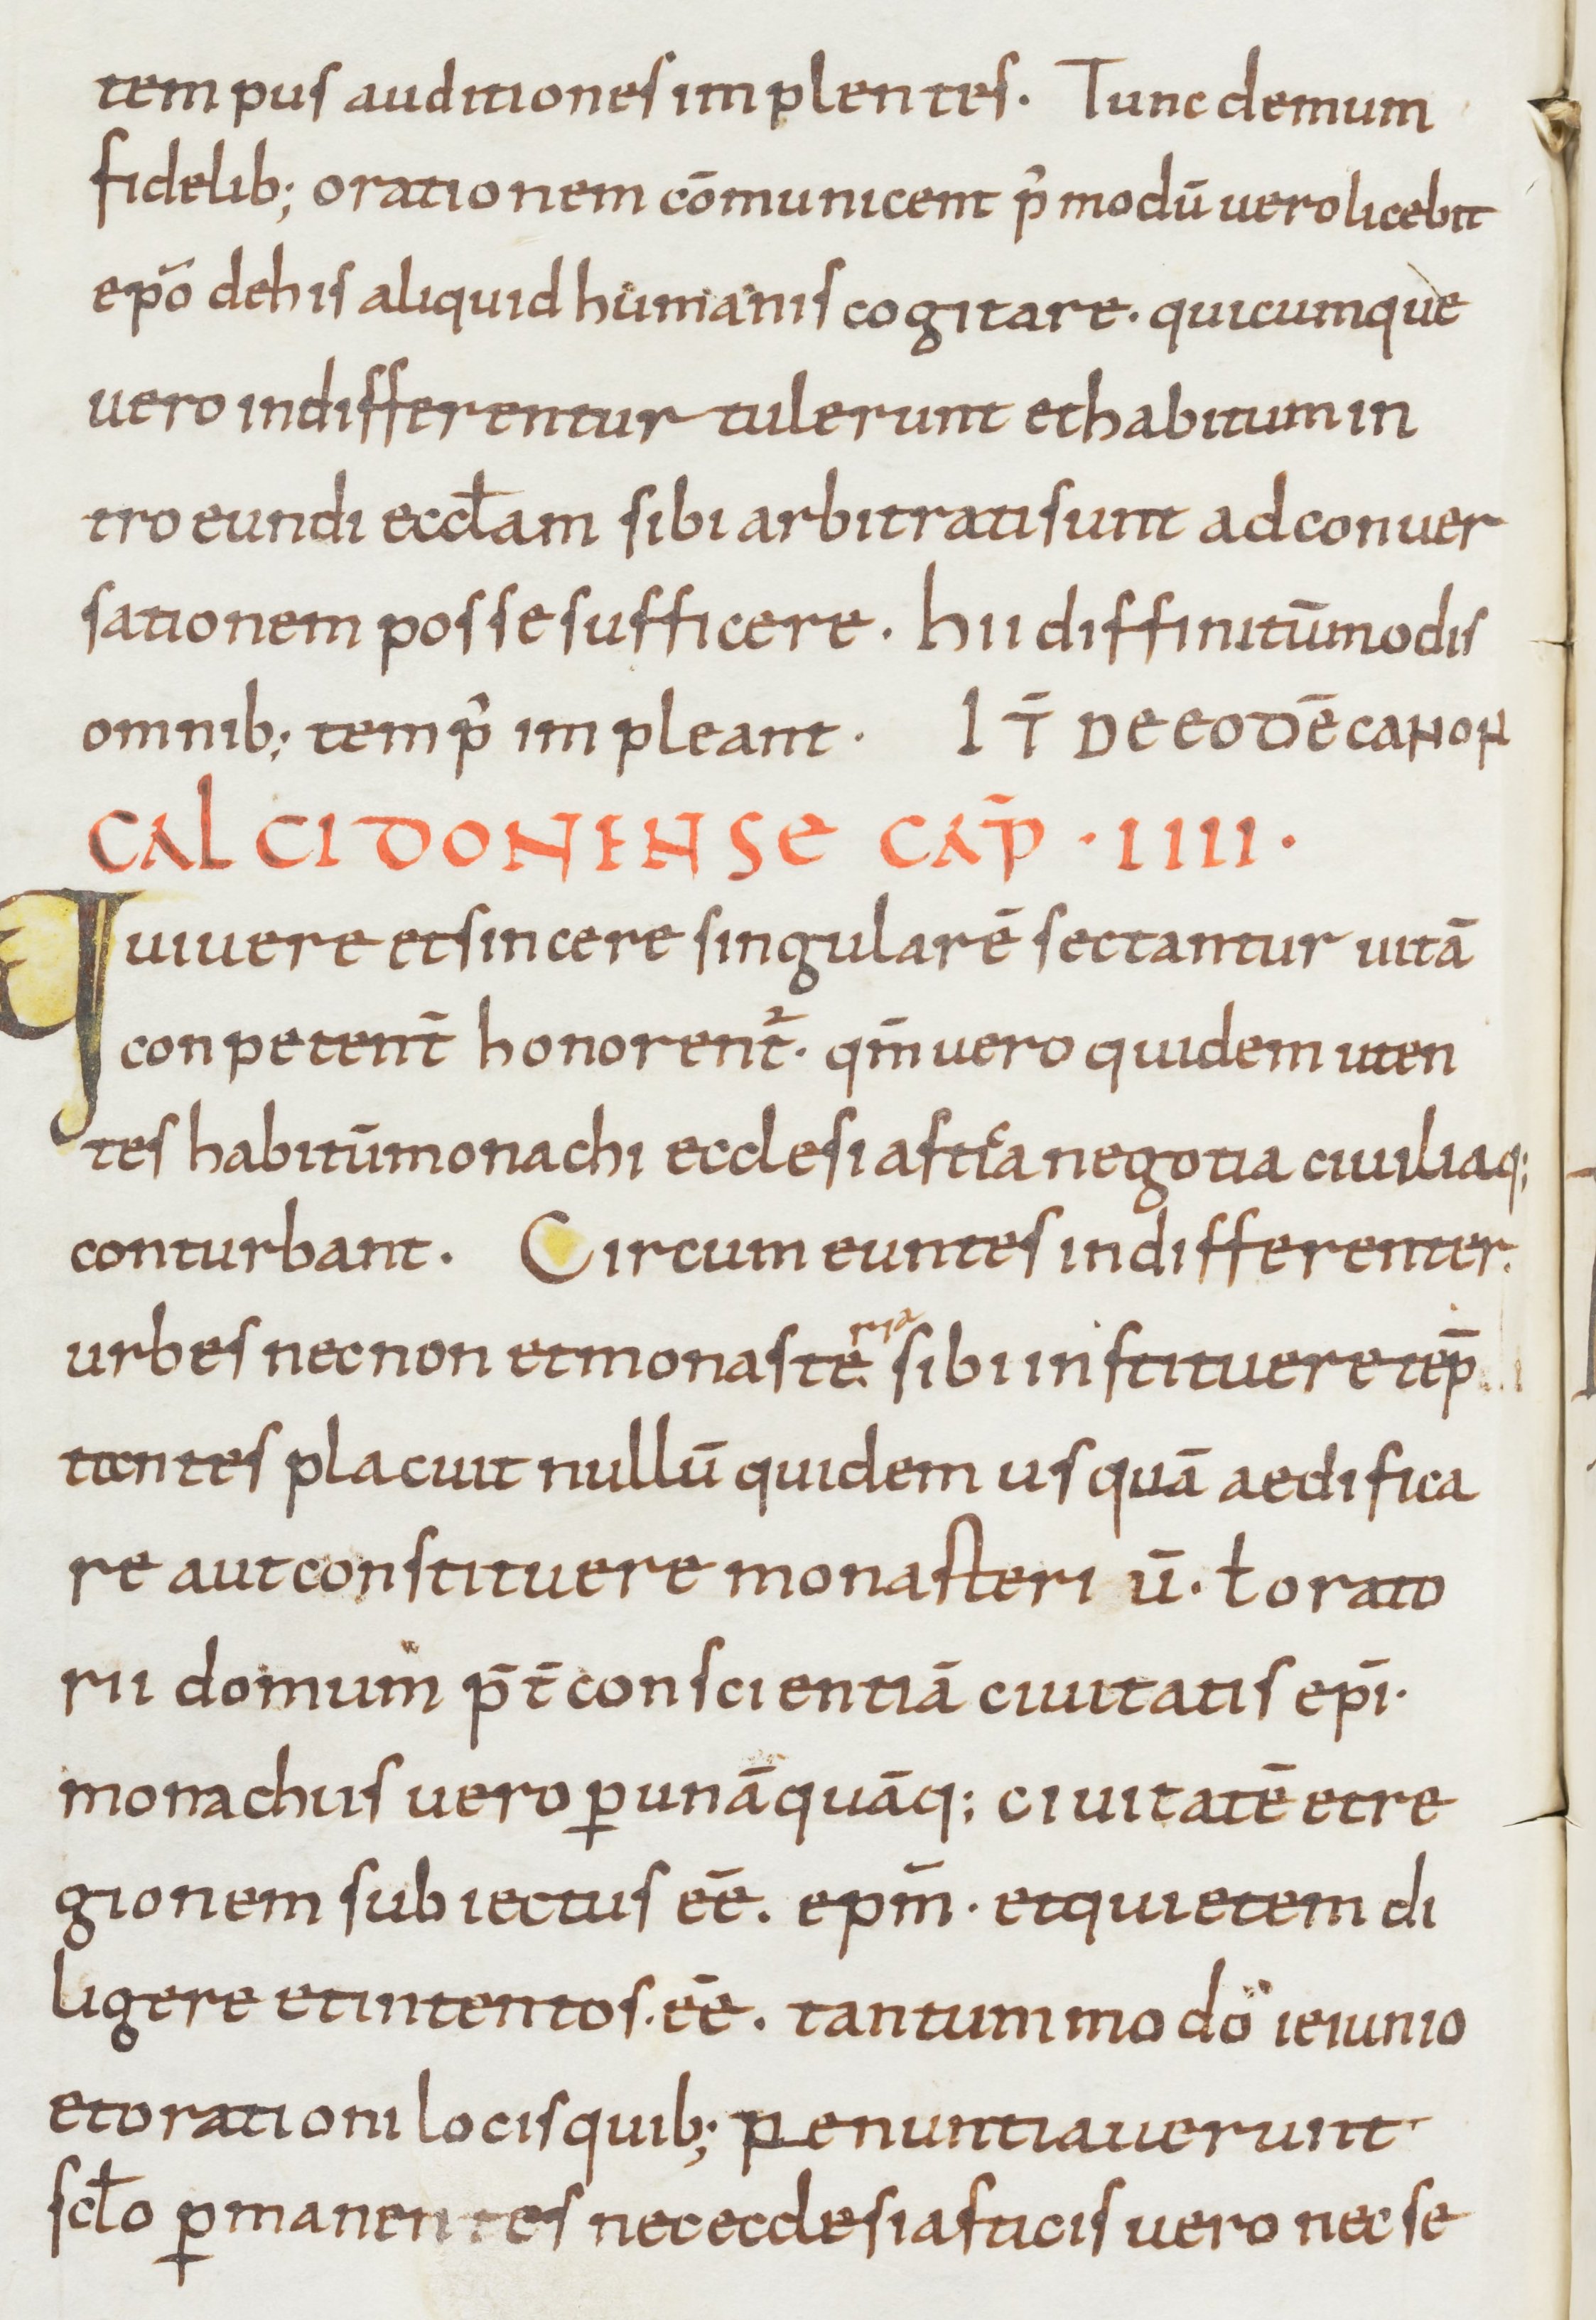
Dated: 900–999